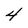
Character: 4